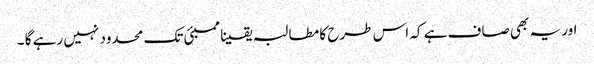
اور یہ بھی صاف ہے کہ اس طرح کا مطالبہ یقینا ممبئی تک محدود نہیں رہے گا ۔